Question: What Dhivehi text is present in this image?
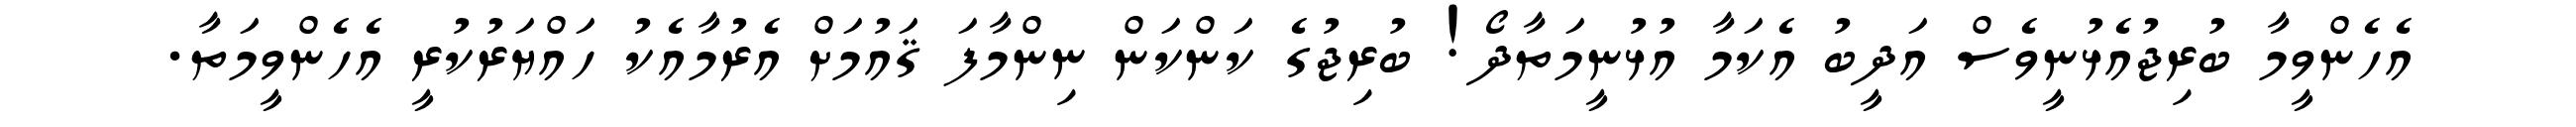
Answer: އެހެންވީމާ ބުރިޖުއެޅުނީވެސް އަދީބު އެކަމާ އުޅުނީމަތާދޯ! ބުރިޖުގެ ކަންކަން ނިންމާފަ ޤައުމަށް އެރުމާއެކު ހައްޔަރުކުރީ އެހެންވީމަތާ.